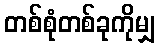
တစ်စုံတစ်ခုကိုမျှ